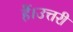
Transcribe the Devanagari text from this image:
हैं।उत्तरी